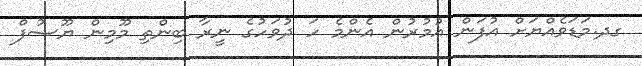
ގދ.މަޑަވެއްޔަށް އުފަން އުމުރުން އެންމެ ހަ ދުވަހުގެ ނީރާ ބިންތި މޫމިން ޔޫސުފް